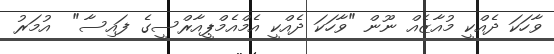
ވާހަކަ ދެއްކީ މުއާޒެއް ނޫން "ވާހަކަ ދެއްކީ އެމްއެމްޕީއާރްސީގެ ފައިސާ"  އުމަރު